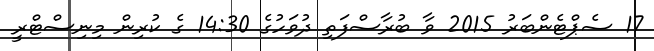
17 ސެޕްޓެންބަރު 2015 ވާ ބުރާސްފަތި ދުވަހުގެ 14:30 ގެ ކުރިން މިނިސްޓްރީ